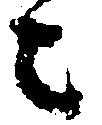
々